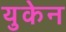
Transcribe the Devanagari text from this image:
युकेन